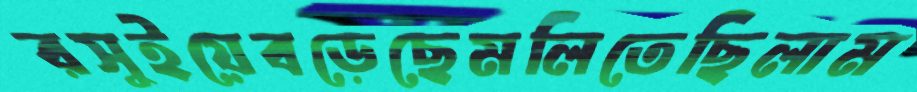
রসুইয়েবড়েছেমলিতেছিলাম